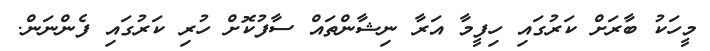
މީހަކު ބާރަށް ކަރުގައި ހިފީމާ އަރާ ނިޝާންތައް ސާފުކޮށް ހުރި ކަރުގައި ފެންނަން.